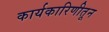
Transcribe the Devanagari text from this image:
कार्यकारिणीतून